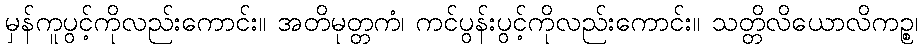
မှန်ကူပွင့်ကိုလည်းကောင်း။ အတိမုတ္တကံ၊ ကင်ပွန်းပွင့်ကိုလည်းကောင်း။ သတ္တိလိယောလိကဉ္စ၊